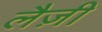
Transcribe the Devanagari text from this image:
लैज़ी